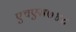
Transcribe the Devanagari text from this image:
एचएस७४८